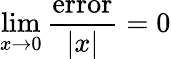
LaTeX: \operatorname*{lim}_{x\to 0}{\frac{\textrm{error}}{|x|}}=0